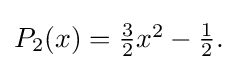
{\textstyle P_{2}(x)={\frac {3}{2}}x^{2}-{\frac {1}{2}}.}